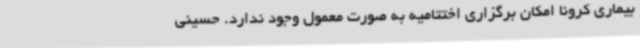
بیماری کرونا امکان برگزاری اختتامیه به صورت معمول وجود ندارد. حسینی